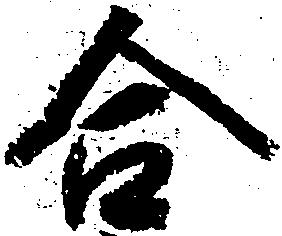
合